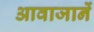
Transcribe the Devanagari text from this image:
आवाजानें